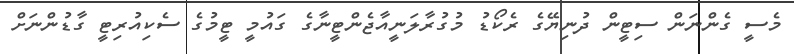
މެސީ ގެންނަން ސިޓީން ދުނިޔޭގެ ރެކޯޑު މުގުރާލަނީއާޖެންޓީނާގެ ގައުމީ ޓީމުގެ ސެކިއުރިޓީ ގާޑުންނަށް